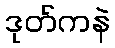
ဒုတ်ကနဲ